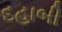
દહાબી